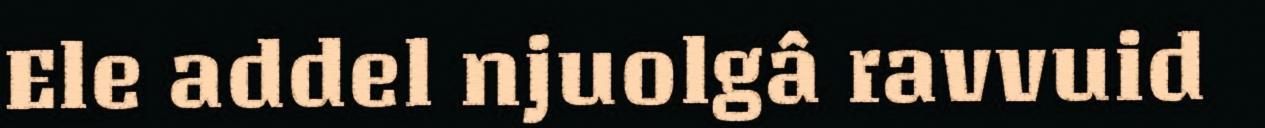
Ele addel njuolgâ ravvuid